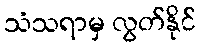
သံသရာမှ လွတ်နိုင်